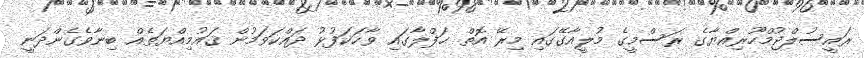
ރައީސުލްޖުމްހޫރިއްޔާގެ ރަސްމީގެ މުލީއާގޭގައި މިރޭ އޮތް ޙަފްލާގައި ވާހަކަފުޅު ދައްކަވަމުން ޤައުމިއްޔަތެއް ބިނާވެގެންދަނީ